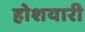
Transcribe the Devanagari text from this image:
होशयारी